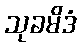
သုခမိဒံ